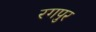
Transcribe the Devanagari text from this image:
रगपुर